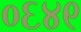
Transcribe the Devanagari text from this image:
०६४९